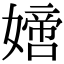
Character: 𡡿